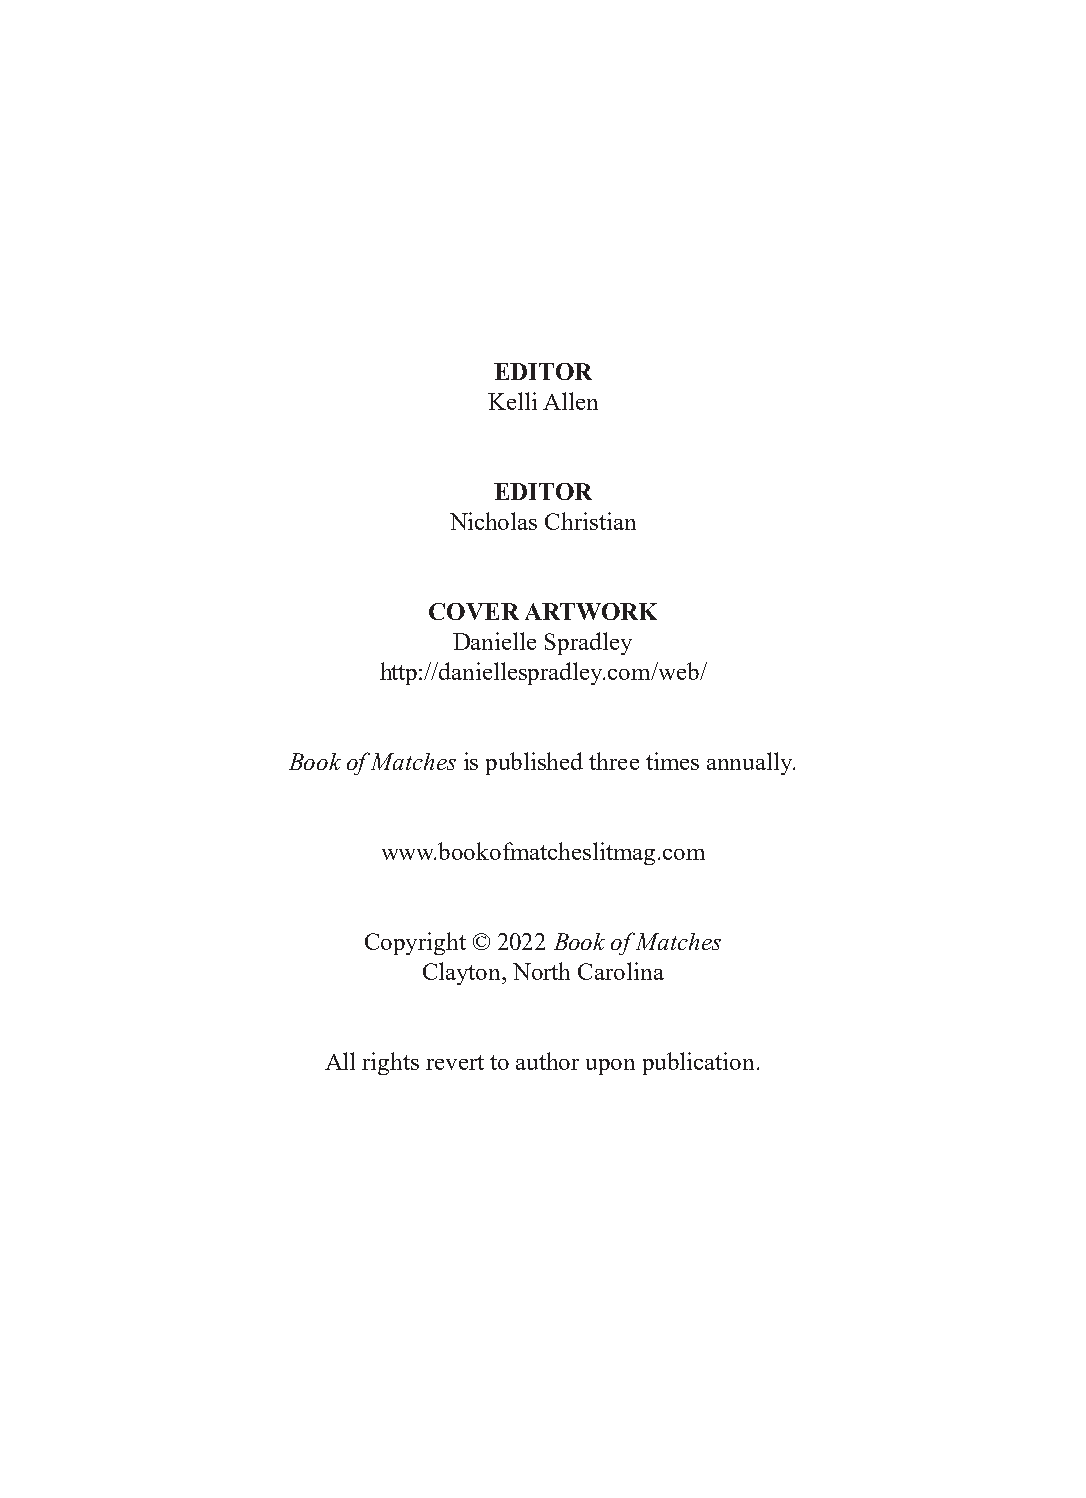
EDITOR
 Kelli Allen
 EDITOR
 Nicholas Christian
 COVER  ARTWORK
 Danielle Spradley
 http://daniellespradley.com/web/
 Book of Matches is published three times annually.
 www.bookofmatcheslitmag.com
 Copyright © 2022 Book of Matches
 Clayton, North Carolina
 All rights revert to author upon publication.